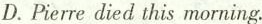
D. Pierre died this morning.